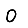
Digit: 0